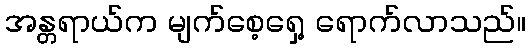
အန္တရာယ်က မျက်စေ့ရှေ့ ရောက်လာသည်။